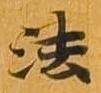
法